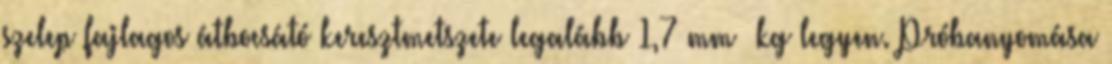
szelep fajlagos átbocsátó keresztmetszete legalább 1,7 mm kg legyen. Próbanyomása